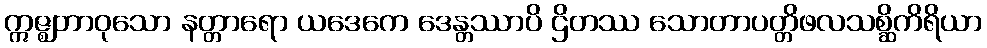
ဣဇ္ဈတာဝုသော နတ္တာရော ယဒေကေ ဒေန္တဿာပိ ဌိတဿ သောတာပတ္တိဖလသစ္ဆိကိရိယာ